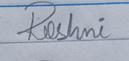
Signature authenticity: forged